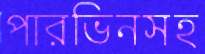
পারভিনসহ